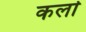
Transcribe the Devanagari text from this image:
कर्ला